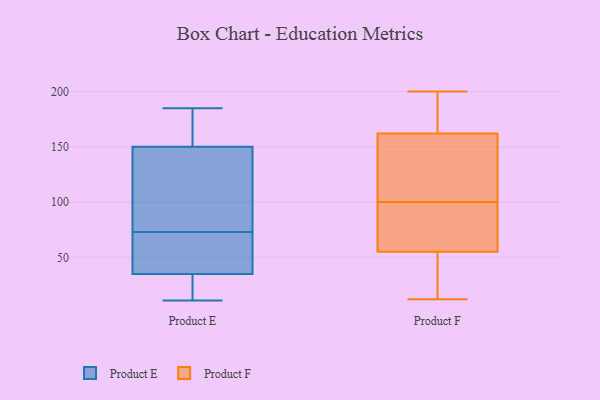
{"axis": {"x": "Latency (ms)", "y": "Value"}, "legend": ["Product E", "Product F"], "data": [{"x": "", "y": 11, "type": "Product E"}, {"x": "", "y": 167, "type": "Product E"}, {"x": "", "y": 16, "type": "Product E"}, {"x": "", "y": 47, "type": "Product E"}, {"x": "", "y": 114, "type": "Product E"}, {"x": "", "y": 153, "type": "Product E"}, {"x": "", "y": 41, "type": "Product E"}, {"x": "", "y": 58, "type": "Product E"}, {"x": "", "y": 35, "type": "Product E"}, {"x": "", "y": 173, "type": "Product E"}, {"x": "", "y": 88, "type": "Product E"}, {"x": "", "y": 143, "type": "Product E"}, {"x": "", "y": 18, "type": "Product E"}, {"x": "", "y": 39, "type": "Product E"}, {"x": "", "y": 33, "type": "Product E"}, {"x": "", "y": 105, "type": "Product E"}, {"x": "", "y": 150, "type": "Product E"}, {"x": "", "y": 185, "type": "Product E"}, {"x": "", "y": 109, "type": "Product F"}, {"x": "", "y": 12, "type": "Product F"}, {"x": "", "y": 99, "type": "Product F"}, {"x": "", "y": 67, "type": "Product F"}, {"x": "", "y": 200, "type": "Product F"}, {"x": "", "y": 45, "type": "Product F"}, {"x": "", "y": 65, "type": "Product F"}, {"x": "", "y": 20, "type": "Product F"}, {"x": "", "y": 153, "type": "Product F"}, {"x": "", "y": 172, "type": "Product F"}, {"x": "", "y": 192, "type": "Product F"}, {"x": "", "y": 99, "type": "Product F"}, {"x": "", "y": 171, "type": "Product F"}, {"x": "", "y": 101, "type": "Product F"}, {"x": "", "y": 132, "type": "Product F"}, {"x": "", "y": 21, "type": "Product F"}]}